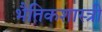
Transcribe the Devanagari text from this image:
भैतिकशास्त्री